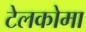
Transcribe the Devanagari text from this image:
टेलकोमा